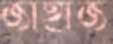
জাহাজ